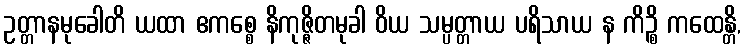
ဥတ္တာနမုခေါတိ ယထာ ဧကစ္စေ နိကုဇ္ဇိတမုခါ ဝိယ သမ္ပတ္တာယ ပရိသာယ န ကိဉ္စိ ကထေန္တိ,